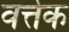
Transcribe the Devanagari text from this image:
वर्त्तक